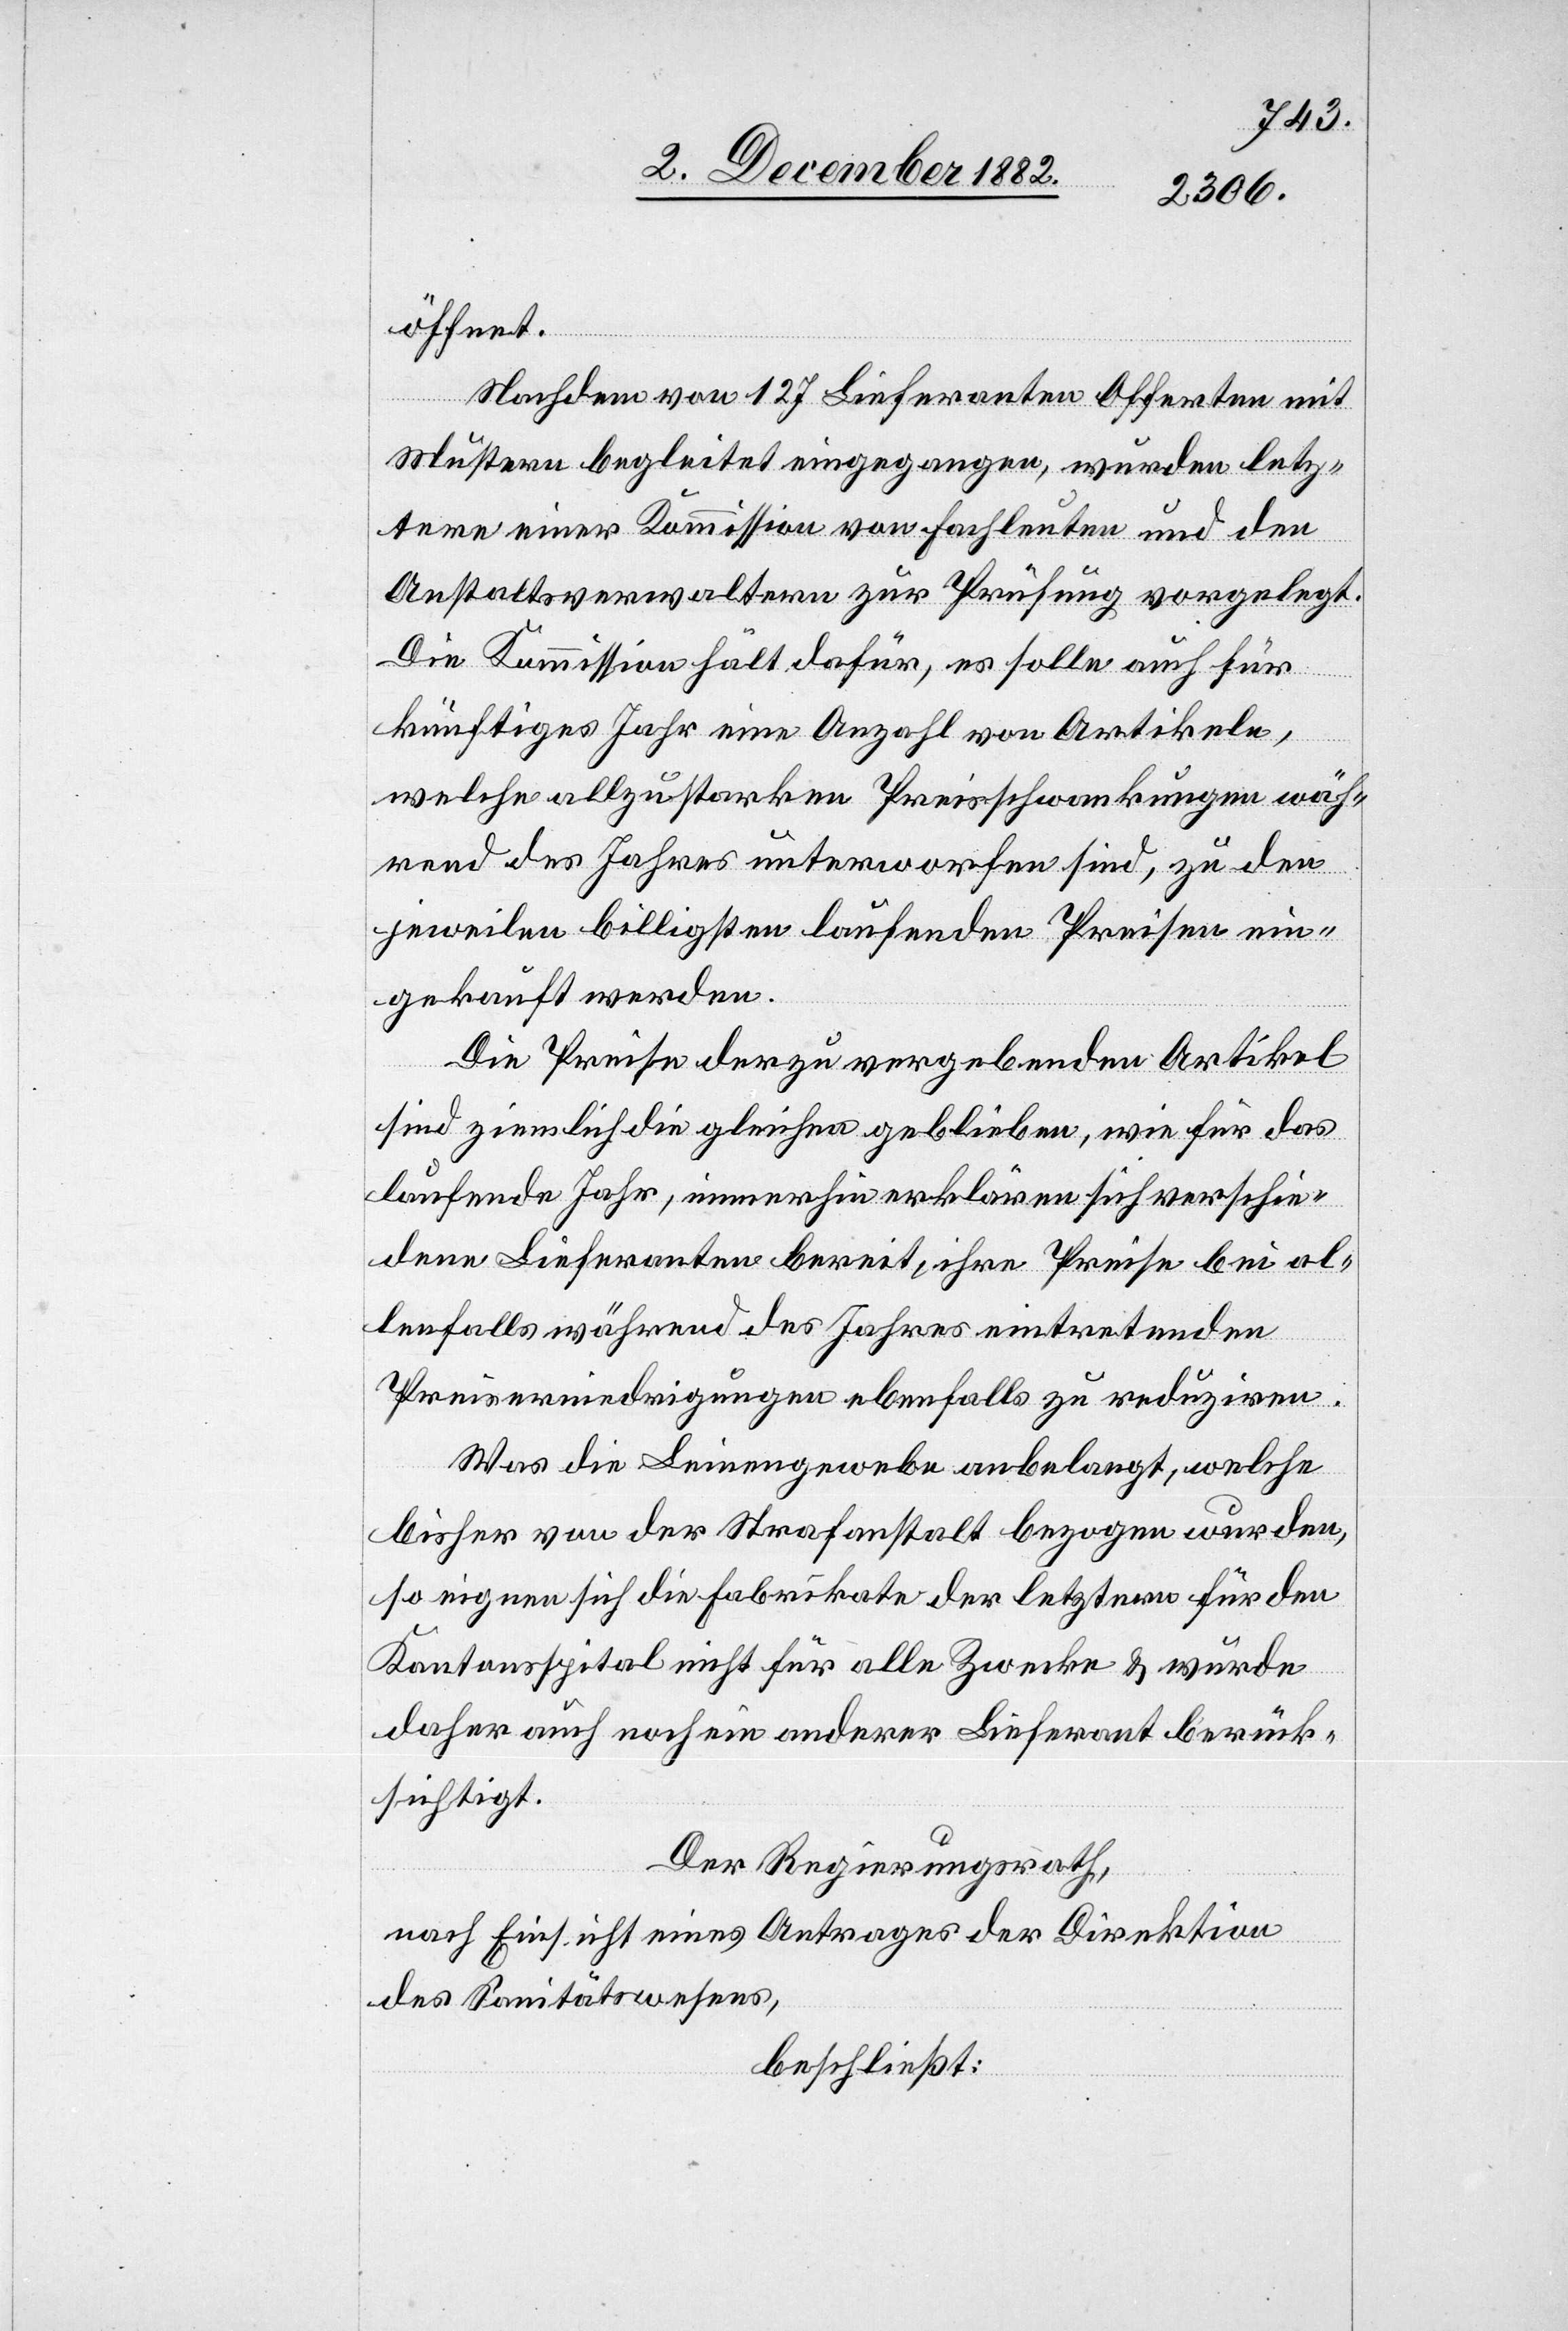
öffnet.
Nachdem von 127 Lieferanten Offerten mit
Mustern begleitet eingegangen, wurden letz¬
tere einer Kommission von Fachleuten und den
Anstaltsverwaltern zur Prüfung vorgelegt.
Die Kommission hält dafür, es solle auch für
künftiges Jahr eine Anzahl von Artikeln,
welche allzustarken Preisschwankungen wäh¬
rend des Jahres unterworfen sind, zu den
jeweilen billigsten laufenden Preisen ein¬
gekauft werden.
Die Preise der zu ergebenden Artikel
sind ziemlich die gleichen geblieben, wie für das
laufende Jahr, immerhin erklären sich verschie¬
dene Lieferanten bereit, ihre Preise bei al¬
lenfalls während des Jahres eintretenden
Preiserniedrigungen ebenfalls zu reduziren.
Was die Leinengewebe angelangt, welche
bisher von der Strafanstalt bezogen wurden,
so eignen sich die Fabrikate der letztern für den
Kantonsspital nicht für alle Zwecke & wurde
daher auch noch ein anderer Lieferant berück¬
sichtigt.
Der Regierungsrath,
nach Einsicht eines Antrages der Direktion
des Sanitätswesens,
beschließt: